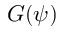
G ( \psi )